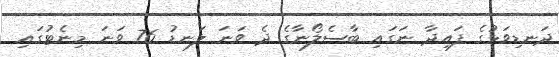
ދަނޑިވަޅުގެ ފައިދާ ނަގައި ބާސެލޯނާގެ ދެ ވަނަ ލަނޑު 76 ވަނަ މިނެޓުގައި